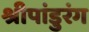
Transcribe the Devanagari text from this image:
श्रीपांडुरंग